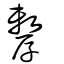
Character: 孷